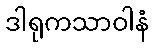
ဒါရုကသာဝါနံ